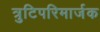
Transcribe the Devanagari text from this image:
त्रुटिपरिमार्जक